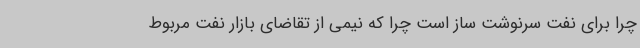
چرا برای نفت سرنوشت ساز است چرا که نیمی از تقاضای بازار نفت مربوط